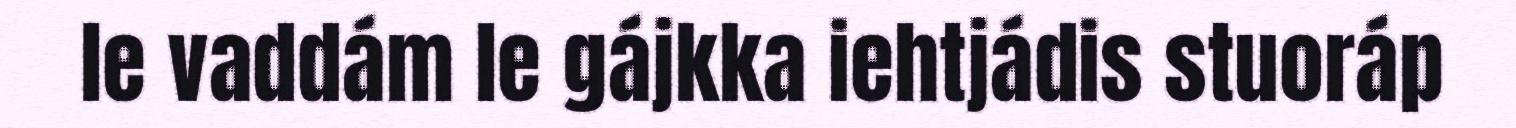
le vaddám le gájkka iehtjádis stuoráp